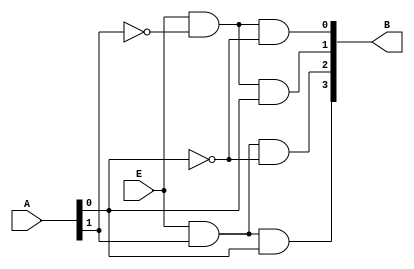
module kodcozucu_2x4(
    input [1:0] A,
    input E,
    output [3:0] B
);

wire notA0;
wire notA1;

not (notA0,A[0]);
not (notA1,A[1]);

//B[0] = E.A[1]'.A[0]'
and (B[0],E,notA1,notA0);

//B[1] = E.A[1]'.A[0]
and (B[1],E,notA1,A[0]);

//B[2] = E.A[1].A[0]'
and (B[2],E,A[1],notA0);

//B[3] = E.A[1].A[0]
and (B[3],E,A[1],A[0]);

endmodule